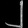
Digit: ၂